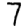
Digit: 7